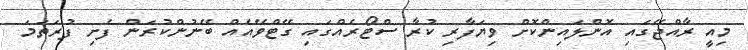
މިއީ ރާއްޖޭގައި އޮންލައިންކޮށް ވިޔަފާރި ކުރާ ސްޓޯރެއްގައި ގޭޓްވޭއެއް ބޭނުންކުރަން ފެށި ފުރަތަމަ